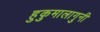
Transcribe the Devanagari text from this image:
हुकुमालागुनी